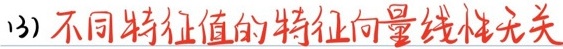
(3) 不同特征值的特征向量线性无关